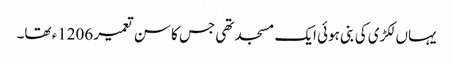
یہاں لکڑی کی بنی ہوئی ایک مسجد تھی جس کا سن تعمیر 1206ء تھا۔